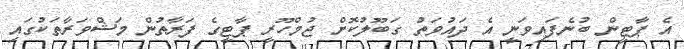
އެ ޕާޓީން ބުނެފައިވަނީ އެ ދައުވަތު ގަބޫލުކޮށް ޖުމްހޫރީ ޕާޓީގެ ފަރާތުން މަޝްވަރާތަކުގައި